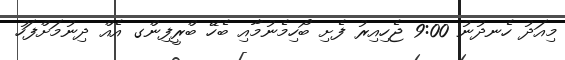
މިއަދު ހެނދުނު 9:00 ޖެހިއިރު ފެށި ބޯހިމެނުމާއި ބެހޭ ބްރީފިންގ އެއް ދިނުމަށްފަހު